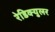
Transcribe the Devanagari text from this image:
रेडिक्युलर